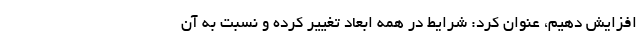
افزایش دهیم، عنوان کرد: شرایط در همه ابعاد تغییر کرده و نسبت به آن